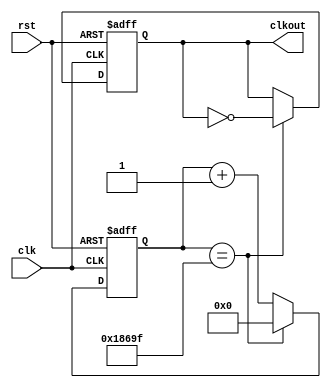
`timescale 1ns / 1ps
//////////////////////////////////////////////////////////////////////////////////
// Company: 
// Engineer: 
// 
// Design Name: 
// Module Name: divide1
// Project Name: 
// Target Devices: 
// Tool Versions: 
// Description: 
// 
// Dependencies: 
// 
// Revision:
// Revision 0.01 - File Created
// Additional Comments:
// 
//////////////////////////////////////////////////////////////////////////////////


module divide1(clk,rst,clkout); 
input clk;
input rst;
output clkout;
reg clkout;
reg [31:0] cnt;
parameter period = 200000;
always @(posedge clk or posedge rst)
begin
 if(rst)
 begin
 cnt <= 0;
 clkout<=0;
 end
 else 
 begin
 if(cnt == (period>>1)-1)
 begin
 clkout<=~clkout;
 cnt<=0;
 end
 else
 cnt<=cnt+1;
 end
 end
endmodule